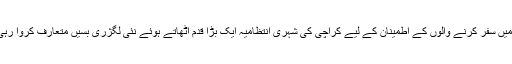
شہر میں سفر کرنے والوں کے اطمینان کے لیے کراچی کی شہری انتظامیہ ایک بڑا قدم اٹھاتے ہوئے نئی لگژری بسیں متعارف کروا رہی ہے۔